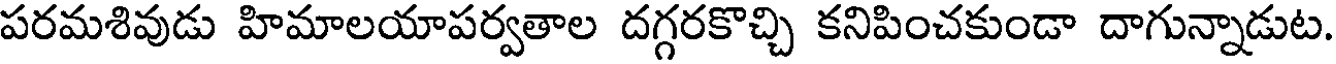
పరమశివుడు హిమాలయాపర్వతాల దగ్గరకొచ్చి కనిపించకుండా దాగున్నాడుట.